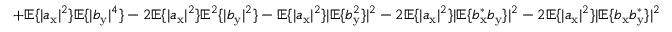
+ \mathbb { E } \{ | a _ { \mathrm { x } } | ^ { 2 } \} \mathbb { E } \{ | b _ { \mathrm { y } } | ^ { 4 } \} - 2 \mathbb { E } \{ | a _ { \mathrm { x } } | ^ { 2 } \} \mathbb { E } ^ { 2 } \{ | b _ { \mathrm { y } } | ^ { 2 } \} - \mathbb { E } \{ | a _ { \mathrm { x } } | ^ { 2 } \} | \mathbb { E } \{ b _ { \mathrm { y } } ^ { 2 } \} | ^ { 2 } - 2 \mathbb { E } \{ | a _ { \mathrm { x } } | ^ { 2 } \} | \mathbb { E } \{ b _ { \mathrm { x } } ^ { \ast } b _ { \mathrm { y } } \} | ^ { 2 } - 2 \mathbb { E } \{ | a _ { \mathrm { x } } | ^ { 2 } \} | \mathbb { E } \{ b _ { \mathrm { x } } b _ { \mathrm { y } } ^ { \ast } \} | ^ { 2 }